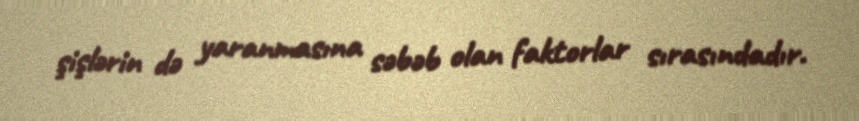
şişlərin də yaranmasına səbəb olan faktorlar sırasındadır.